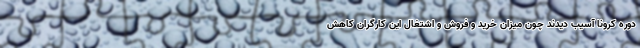
دوره کرونا آسیب دیدند چون میزان خرید و فروش و اشتغال این کارگران کاهش